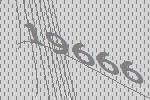
19666